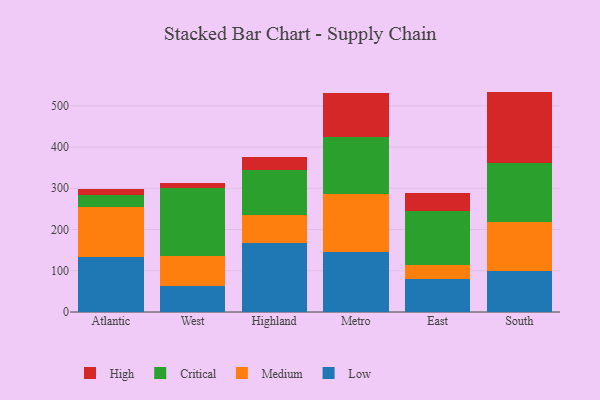
{"axis": {"x": "Region", "y": "Temperature (°C)"}, "legend": ["Critical", "High", "Low", "Medium"], "data": [{"x": "Atlantic", "y": 133.4, "type": "Low"}, {"x": "Atlantic", "y": 120.9, "type": "Medium"}, {"x": "Atlantic", "y": 29.3, "type": "Critical"}, {"x": "Atlantic", "y": 14.0, "type": "High"}, {"x": "West", "y": 62.6, "type": "Low"}, {"x": "West", "y": 72.3, "type": "Medium"}, {"x": "West", "y": 166.9, "type": "Critical"}, {"x": "West", "y": 10.6, "type": "High"}, {"x": "Highland", "y": 166.7, "type": "Low"}, {"x": "Highland", "y": 67.8, "type": "Medium"}, {"x": "Highland", "y": 110.5, "type": "Critical"}, {"x": "Highland", "y": 30.7, "type": "High"}, {"x": "Metro", "y": 144.7, "type": "Low"}, {"x": "Metro", "y": 142.2, "type": "Medium"}, {"x": "Metro", "y": 136.9, "type": "Critical"}, {"x": "Metro", "y": 107.3, "type": "High"}, {"x": "East", "y": 80.8, "type": "Low"}, {"x": "East", "y": 32.1, "type": "Medium"}, {"x": "East", "y": 131.4, "type": "Critical"}, {"x": "East", "y": 44.7, "type": "High"}, {"x": "South", "y": 100.4, "type": "Low"}, {"x": "South", "y": 117.5, "type": "Medium"}, {"x": "South", "y": 143.2, "type": "Critical"}, {"x": "South", "y": 173.3, "type": "High"}]}